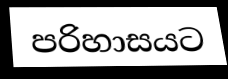
පරිහාසයට